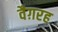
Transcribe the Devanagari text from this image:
वैग़रह